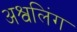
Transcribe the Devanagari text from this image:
अश्वलिंग